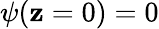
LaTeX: \psi(\mathbf{z}=0)=0